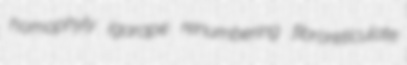
homophyly igarape renumbering fibroreticulate